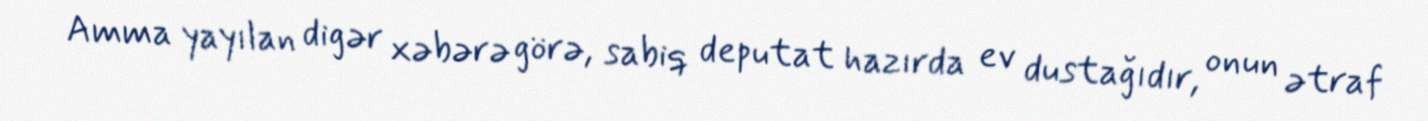
Amma yayılan digər xəbərə görə, sabiq deputat hazırda ev dustağıdır, onun ətraf